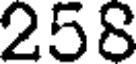
258